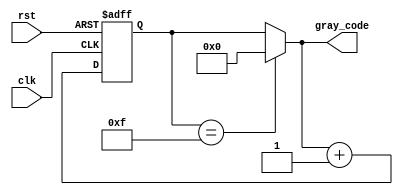
module gray_code_counter (
    input wire clk,
    input wire rst,
    output reg [N-1:0] gray_code
);

parameter N = 4; // number of bits in Gray code
reg [N-1:0] next_gray_code;

always @(posedge clk or posedge rst) begin
    if (rst == 1'b1) begin
        next_gray_code <= 4'b0000;
    end else begin
        next_gray_code <= gray_code + 4'b0001;
    end
end

always @(*) begin
    if (next_gray_code == 4'b1111) begin
        gray_code = 4'b0000;
    end else begin
        gray_code = next_gray_code;
    end
end

endmodule